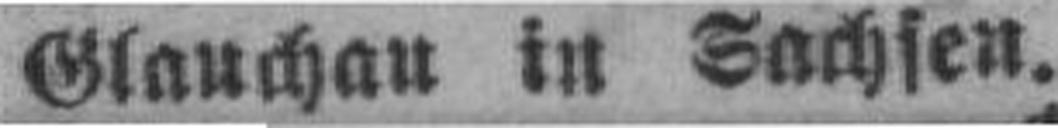
Glauchan in Sachsen.